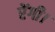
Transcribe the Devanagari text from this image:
रेंगी।